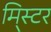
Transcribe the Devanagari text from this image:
मि्स्टर